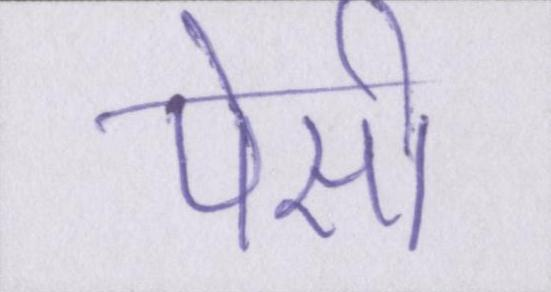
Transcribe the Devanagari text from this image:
पेसी